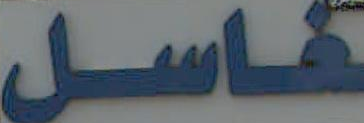
كاسل